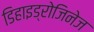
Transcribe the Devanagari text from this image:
डिहाइड्रोजिनेज